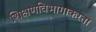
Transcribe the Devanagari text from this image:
शिक्षणविभागाकरता